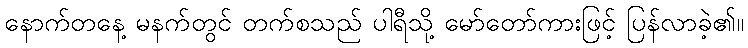
နောက်တနေ့ မနက်တွင် တက်စသည် ပါရီသို့ မော်တော်ကားဖြင့် ပြန်လာခဲ့၏။